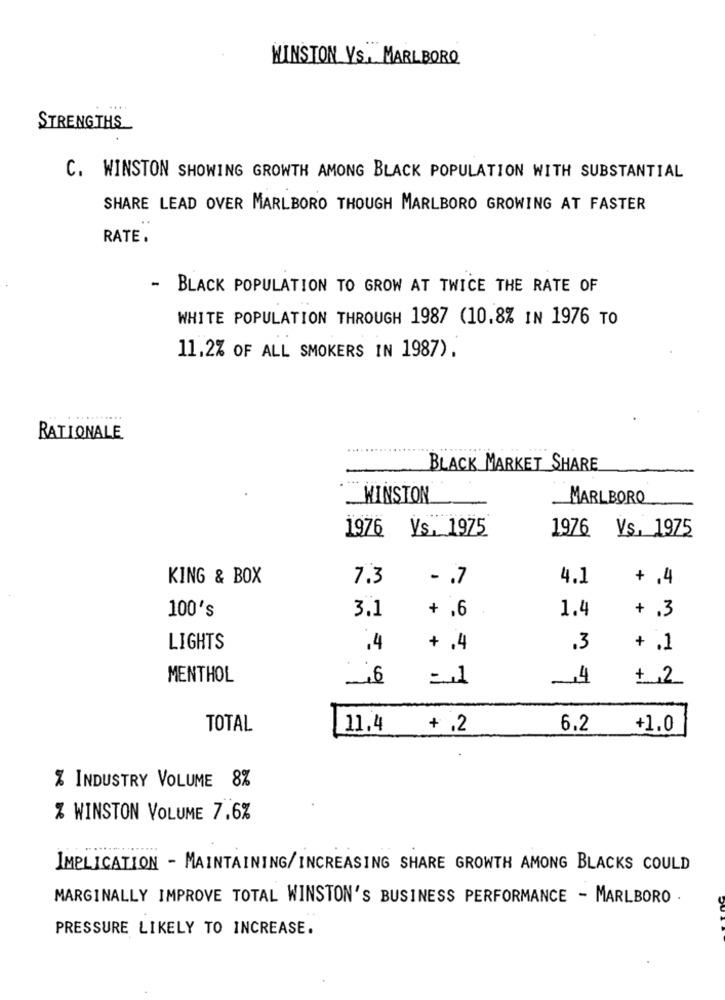
WINSTON VS. MARLBORO
STRENGTHS
C. WINSTON SHOWING GROWTH AMONG BLACK POPULATION WITH SUBSTANTIAL
SHARE LEAD OVER MARLBORO THOUGH MARLBORO GROWING AT FASTER
RATE.
- BLACK POPULATION TO GROW AT TWICE THE RATE OF
WHITE POPULATION THROUGH 1987 (10.8% IN 1976 TO
11.2% OF ALL SMOKERS IN 1987).
......
RATIONALE
BLACK MARKET SHARE
WINSTON
MARLBORO
1976 Vs. 1975
1976 Vs. 1975
KING & BOX
7.3
- . 7
4.1
+ .4
100's
3.1
+ ,6
1.4
+ .3
LIGHTS
.4
+ .4
.3
+ .1
MENTHOL
,6
= 1
+ 2
TOTAL
11.4
+ .2
6.2
+1.0
% INDUSTRY VOLUME 8%
% WINSTON VOLUME 7.6%
IMPLICATION - MAINTAINING/ INCREASING SHARE GROWTH AMONG BLACKS COULD
MARGINALLY IMPROVE TOTAL WINSTON'S BUSINESS PERFORMANCE - MARLBORO .
PRESSURE LIKELY TO INCREASE.